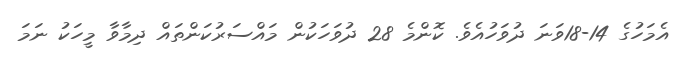
އެމަހުގެ 14-18ވަނަ ދުވަހުއެވެ. ކޮންމެ 28 ދުވަހަކުން މައްސަރުކަންތައް ދިމާވާ މީހަކު ނަމަ